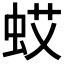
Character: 𱿠